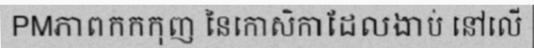
PMភាពកកកុញ នៃកោសិកាដែលងាប់ នៅលើ